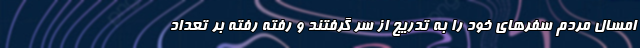
امسال مردم سفرهای خود را به تدریج از سر گرفتند و رفته رفته بر تعداد